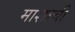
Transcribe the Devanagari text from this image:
माशाची